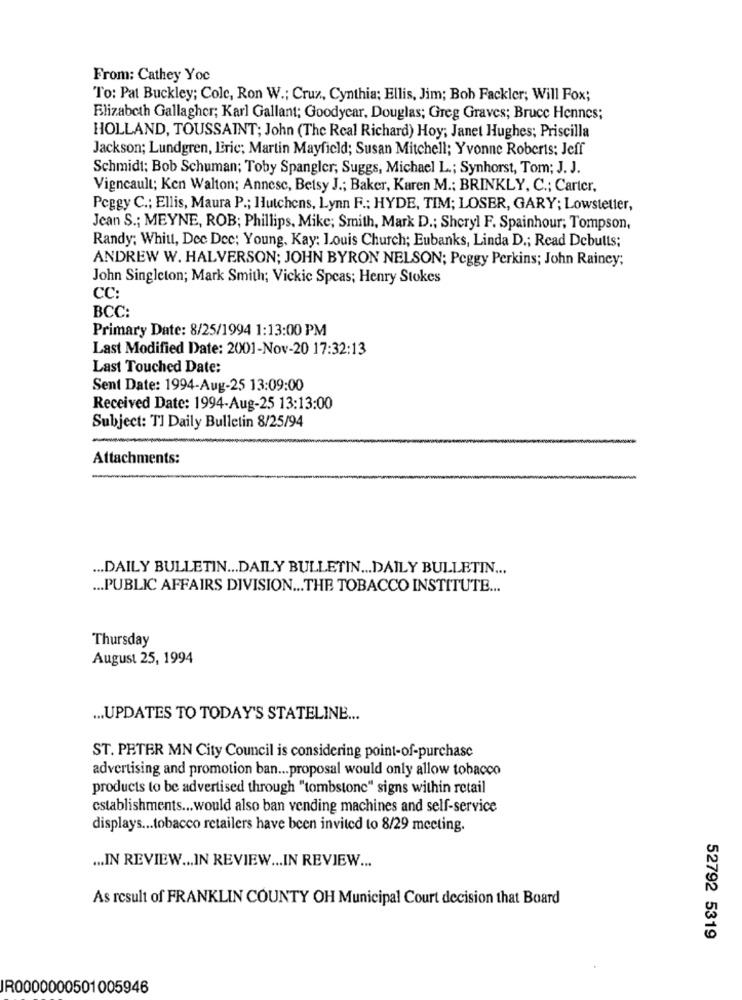
From: Cathey Yoc
To: Pat Buckley; Cole, Ron W .; Cruz, Cynthia; Ellis, Jim; Bob Fackler; Will Fox;
Elizabeth Gallagher; Karl Gallant; Goodycar, Douglas; Greg Graves; Bruce Hennes;
HOLLAND, TOUSSAINT; John (The Real Richard) Hoy; Janet Hughes; Priscilla
Jackson; Lundgren, Eric; Martin Mayfield; Susan Mitchell; Yvonne Roberts; Jeff
Schmidt; Bob Schuman; Toby Spangler, Suggs, Michael L .; Synhorst, Tom; J. J.
Vigneault; Ken Walton; Annese, Betsy J .; Baker, Karen M .: BRINKLY, C .; Carter,
Peggy C .; Ellis, Maura P .; Hutchens, Lynn F .: HYDE, TIM; LOSER, GARY; Lowstetter,
Jean S .; MEYNE, ROB; Phillips, Mike; Smith, Mark D .; Sheryl F. Spainhour; Tompson,
Randy; Whitt, Dee Dee; Young, Kay: Louis Church; Eubanks, Linda D .; Read Debutts;
ANDREW W. HALVERSON; JOHN BYRON NELSON; Peggy Perkins; John Raincy;
John Singleton; Mark Smith; Vickie Speas; Henry Stokes
CC:
BCC:
Primary Date: 8/25/1994 1:13:00 PM
Last Modified Date: 2001-Nov-20 17:32:13
Last Touched Date:
Sent Date: 1994-Aug-25 13:09:00
Received Date: 1994-Aug-25 13:13:00
Subject: TI Daily Bulletin 8/25/94
Attachments:
... DAILY BULLETIN ... DAILY BULLETIN ... DAILY BULLETIN ...
... PUBLIC AFFAIRS DIVISION ... THE TOBACCO INSTITUTE ...
Thursday
August 25, 1994
... UPDATES TO TODAY'S STATELINE ...
ST. PETER MN City Council is considering point-of-purchase
advertising and promotion ban ... proposal would only allow tobacco
products to be advertised through "tombstone" signs within retail
establishments ... would also ban vending machines and self-service
displays ... tobacco retailers have been invited to 8/29 meeting.
... IN REVIEW ... IN REVIEW ... IN REVIEW ...
As result of FRANKLIN COUNTY OH Municipal Court decision that Board
52792 5319
R0000000501005946